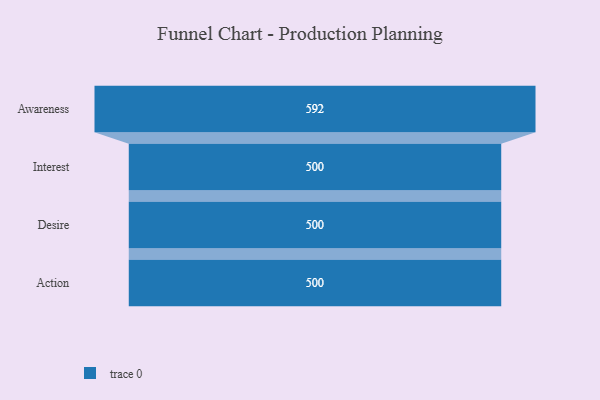
{"axis": {"x": "Stage", "y": "Value"}, "legend": [""], "data": [{"x": "Awareness", "y": 592.0, "type": ""}, {"x": "Interest", "y": 500, "type": ""}, {"x": "Desire", "y": 500, "type": ""}, {"x": "Action", "y": 500, "type": ""}]}